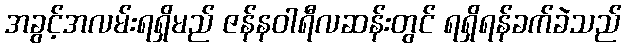
အခွင့်အလမ်းရရှိမည် ဇန်နဝါရီလဆန်းတွင် ရရှိရန်ခက်ခဲသည်